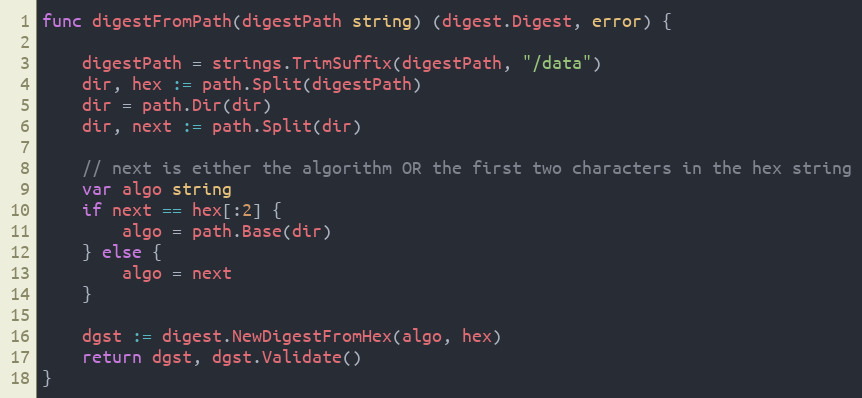
Language: Go
func digestFromPath(digestPath string) (digest.Digest, error) {

	digestPath = strings.TrimSuffix(digestPath, "/data")
	dir, hex := path.Split(digestPath)
	dir = path.Dir(dir)
	dir, next := path.Split(dir)

	// next is either the algorithm OR the first two characters in the hex string
	var algo string
	if next == hex[:2] {
		algo = path.Base(dir)
	} else {
		algo = next
	}

	dgst := digest.NewDigestFromHex(algo, hex)
	return dgst, dgst.Validate()
}